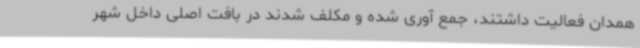
همدان فعالیت داشتند، جمع آوری شده و مکلف شدند در بافت اصلی داخل شهر